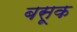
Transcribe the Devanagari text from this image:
बसूक